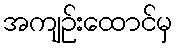
အကျဉ်းထောင်မှ